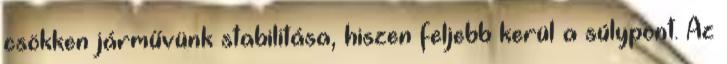
csökken járművünk stabilitása, hiszen feljebb kerül a súlypont. Az